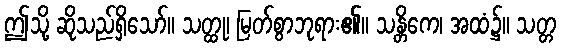
ဤသို့ ဆိုသည်ရှိသော်။ သတ္ထု၊ မြတ်စွာဘုရား၏။ သန္တိကေ၊ အထံ၌။ သတ္တ